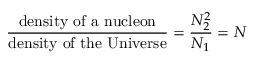
\frac { \mathrm { d e n s i t y \, \, o f \, \, a \, \, n u c l e o n } } { \mathrm { d e n s i t y \, \, o f \, \, t h e \, \, U n i v e r s e } } = \frac { { \cal N } _ { 2 } ^ { 2 } } { { \cal N } _ { 1 } } = { \cal N }